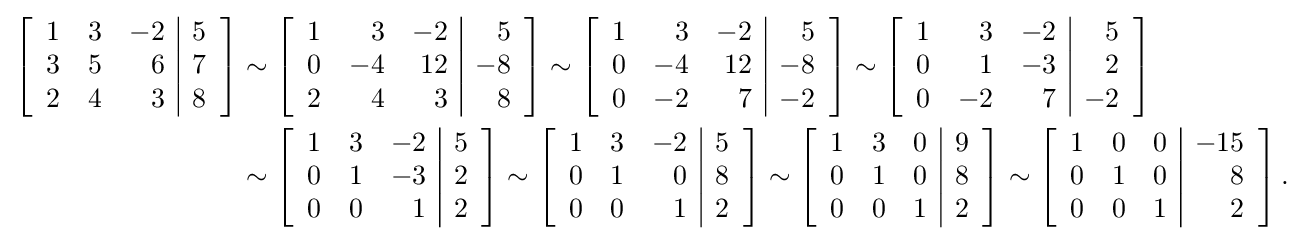
{\begin{aligned}\left[{\begin{array}{rrr|r}1&3&-2&5\\3&5&6&7\\2&4&3&8\end{array}}\right]&\sim \left[{\begin{array}{rrr|r}1&3&-2&5\\0&-4&12&-8\\2&4&3&8\end{array}}\right]\sim \left[{\begin{array}{rrr|r}1&3&-2&5\\0&-4&12&-8\\0&-2&7&-2\end{array}}\right]\sim \left[{\begin{array}{rrr|r}1&3&-2&5\\0&1&-3&2\\0&-2&7&-2\end{array}}\right]\\&\sim \left[{\begin{array}{rrr|r}1&3&-2&5\\0&1&-3&2\\0&0&1&2\end{array}}\right]\sim \left[{\begin{array}{rrr|r}1&3&-2&5\\0&1&0&8\\0&0&1&2\end{array}}\right]\sim \left[{\begin{array}{rrr|r}1&3&0&9\\0&1&0&8\\0&0&1&2\end{array}}\right]\sim \left[{\begin{array}{rrr|r}1&0&0&-15\\0&1&0&8\\0&0&1&2\end{array}}\right].\end{aligned}}